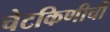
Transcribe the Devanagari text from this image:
चेटकिणीची